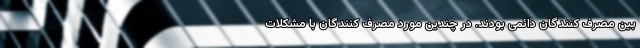
بین مصرف کنندگان دائمی بودند. در چندین مورد مصرف کنندگان با مشکلات